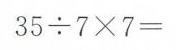
$$35 \div 7 \times 7 =$$